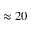
\approx 2 0